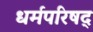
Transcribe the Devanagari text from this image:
धर्मपरिषद्